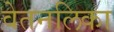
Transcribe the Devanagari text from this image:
वेतनलिका